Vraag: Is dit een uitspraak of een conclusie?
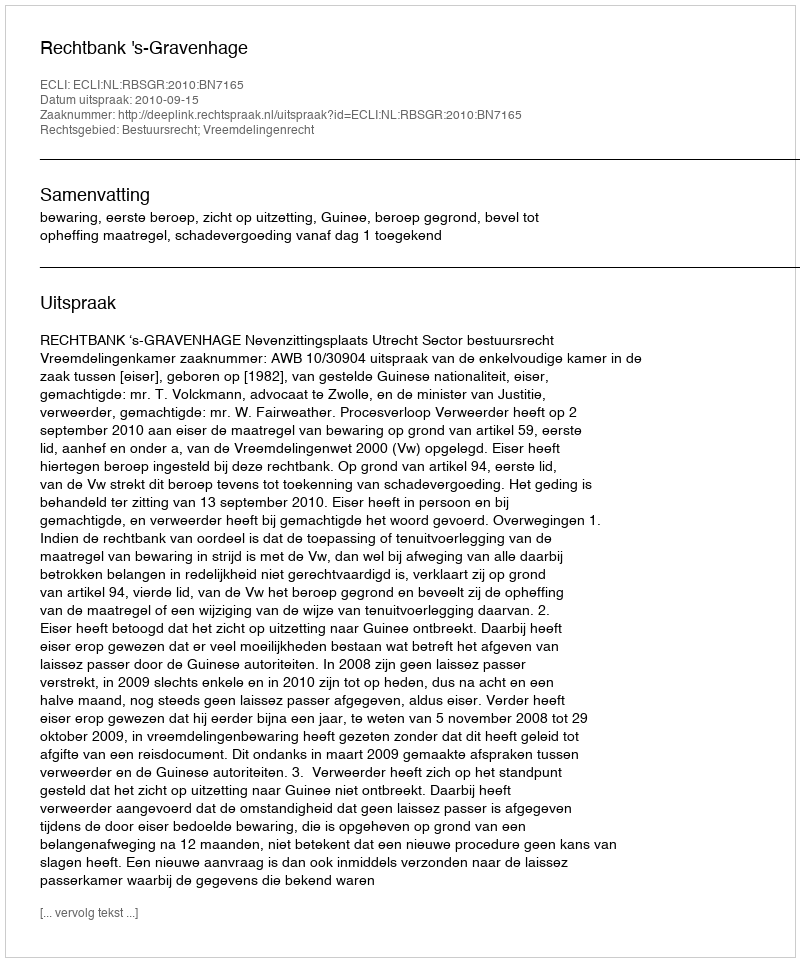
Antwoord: Uitspraak